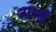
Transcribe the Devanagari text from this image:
नाश्तों